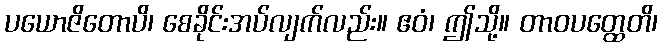
ပယောဇိတောပိ၊ စေခိုင်းအပ်လျက်လည်း။ ဧဝံ၊ ဤသို့။ တာဝပတ္ထေတိ၊